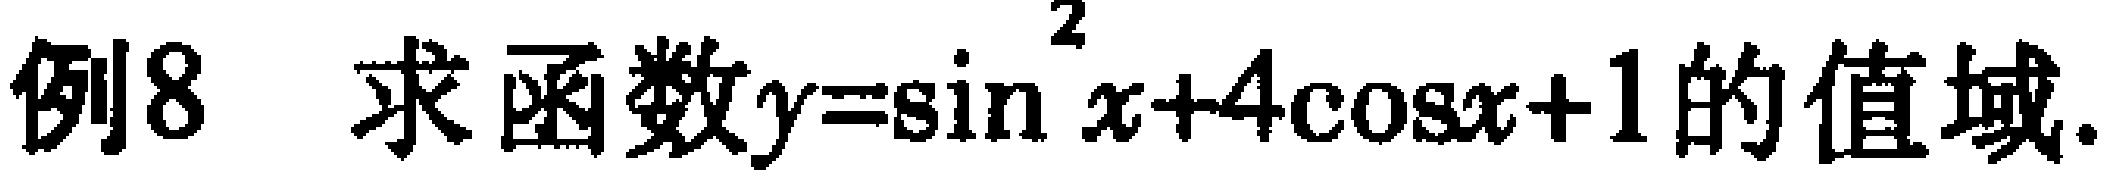
例8 求函数\(y = \sin^{2}x + 4\cos x + 1\)的值域.